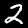
Label: 2